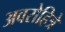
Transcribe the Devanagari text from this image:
अवरोहित्रे